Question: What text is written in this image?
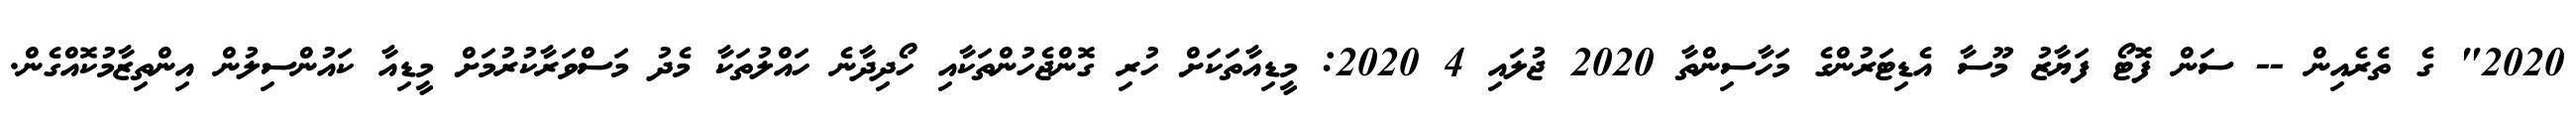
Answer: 2020" ގެ ތެރެއިން -- ސަން ފޮޓޯ ފަޔާޒު މޫސާ އެޑިޓަރުންގެ މަހާސިންތާ 2020 ޖުލައި 4 2020: މީޑިއާތަކަށް ހުރި ގޮންޖެހުންތަކާއި ހޯދިދާނެ ހައްލުތަކާ މެދު މަސްވަރާކުރުމަށް މީޑިއާ ކައުންސިލުން އިންތިޒާމުކޮއްގެން.